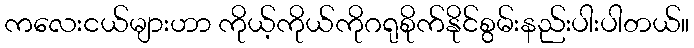
ကလေးငယ်များဟာ ကိုယ့်ကိုယ်ကိုဂရုစိုက်နိုင်စွမ်းနည်းပါးပါတယ်။